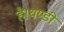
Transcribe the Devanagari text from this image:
है।थण्डी